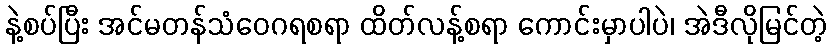
နဲ့စပ်ပြီး အင်မတန်သံဝေဂရစရာ ထိတ်လန့်စရာ ကောင်းမှာပါပဲ၊ အဲဒီလိုမြင်တဲ့